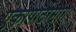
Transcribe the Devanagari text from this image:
एकापाठीमागे